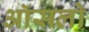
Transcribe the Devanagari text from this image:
ऑसलो